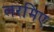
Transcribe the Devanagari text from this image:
लरमिए